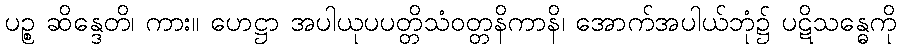
ပဉ္စ ဆိန္ဒေတိ၊ ကား။ ဟေဋ္ဌာ အပါယုပပတ္တိသံဝတ္တနိကာနိ၊ အောက်အပါယ်ဘုံ၌ ပဋိသန္ဓေကို